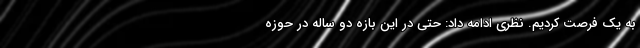
به یک فرصت کردیم. نظری ادامه داد: حتی در این بازه دو ساله در حوزه